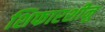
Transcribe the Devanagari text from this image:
शिफारशीनु